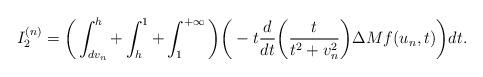
LaTeX: \begin{align*}I_2^{(n)}=\bigg(\int_{dv_n}^{h}+\int_{h}^{1}+\int_{1}^{+\infty}\bigg)\bigg(-t\frac{d}{dt}\bigg(\frac{t}{t^2+v_n^2}\bigg)\Delta Mf(u_n,t)\bigg)dt.\end{align*}